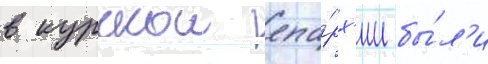
в курскои епа́рх'ии бы́л'и